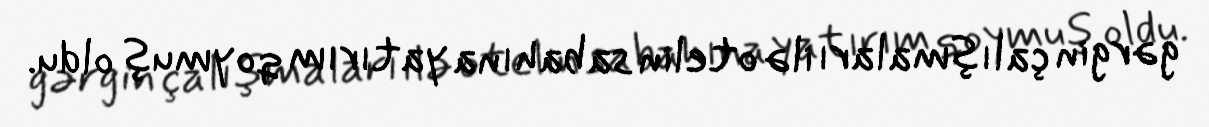
gərgin çalışmaları ilə otelin sabahına yatırım qoymuş oldu.